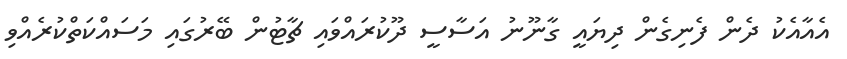
އެއާއެކު ދެން ފެނިގެން ދިޔައީ ގާނޫނު އަސާސީ ދޫކުރައްވައި ޗާޓުން ބޭރުގައި މަސައްކަތްކުރެއްވި